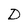
Character: D